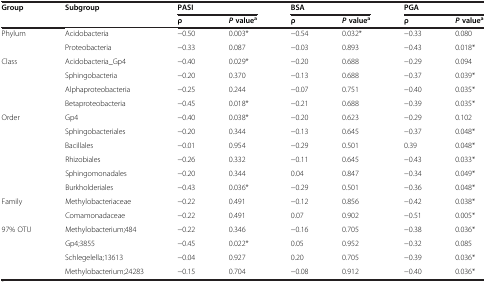
<table><thead><tr><td rowspan="2"><b>Group</b></td><td rowspan="2"><b>Subgroup</b></td><td colspan="2"><b>PASI</b></td><td colspan="2"><b>BSA</b></td><td colspan="2"><b>PGA</b></td></tr><tr><td><b>ρ</b></td><td><b><i>P </i>value<sup>a</sup></b></td><td><b>ρ</b></td><td><b><i>P </i>value<sup>a</sup></b></td><td><b>ρ</b></td><td><b><i>P </i>value<sup>a</sup></b></td></tr></thead><tbody><tr><td rowspan="2">Phylum</td><td>Acidobacteria</td><td>-0.50</td><td>0.003*</td><td>-0.54</td><td>0.032*</td><td>-0.33</td><td>0.080</td></tr><tr><td>Proteobacteria</td><td>-0.33</td><td>0.087</td><td>-0.03</td><td>0.893</td><td>-0.43</td><td>0.018*</td></tr><tr><td rowspan="4">Class</td><td>Acidobacteria_Gp4</td><td>-0.40</td><td>0.029*</td><td>-0.20</td><td>0.688</td><td>-0.29</td><td>0.094</td></tr><tr><td>Sphingobacteria</td><td>-0.20</td><td>0.370</td><td>-0.13</td><td>0.688</td><td>-0.37</td><td>0.039*</td></tr><tr><td>Alphaproteobacteria</td><td>-0.25</td><td>0.244</td><td>-0.07</td><td>0.751</td><td>-0.40</td><td>0.035*</td></tr><tr><td>Betaproteobacteria</td><td>-0.45</td><td>0.018*</td><td>-0.21</td><td>0.688</td><td>-0.39</td><td>0.035*</td></tr><tr><td rowspan="6">Order</td><td>Gp4</td><td>-0.40</td><td>0.038*</td><td>-0.20</td><td>0.623</td><td>-0.29</td><td>0.102</td></tr><tr><td>Sphingobacteriales</td><td>-0.20</td><td>0.344</td><td>-0.13</td><td>0.645</td><td>-0.37</td><td>0.048*</td></tr><tr><td>Bacillales</td><td>-0.01</td><td>0.954</td><td>-0.29</td><td>0.501</td><td>0.39</td><td>0.048*</td></tr><tr><td>Rhizobiales</td><td>-0.26</td><td>0.332</td><td>-0.11</td><td>0.645</td><td>-0.43</td><td>0.033*</td></tr><tr><td>Sphingomonadales</td><td>-0.20</td><td>0.344</td><td>0.04</td><td>0.847</td><td>-0.34</td><td>0.049*</td></tr><tr><td>Burkholderiales</td><td>-0.43</td><td>0.036*</td><td>-0.29</td><td>0.501</td><td>-0.36</td><td>0.048*</td></tr><tr><td rowspan="2">Family</td><td>Methylobacteriaceae</td><td>-0.22</td><td>0.491</td><td>-0.12</td><td>0.856</td><td>-0.42</td><td>0.038*</td></tr><tr><td>Comamonadaceae</td><td>-0.22</td><td>0.491</td><td>0.07</td><td>0.902</td><td>-0.51</td><td>0.005*</td></tr><tr><td rowspan="3">97% OTU</td><td>Methylobacterium;484</td><td>-0.22</td><td>0.346</td><td>-0.16</td><td>0.705</td><td>-0.38</td><td>0.036*</td></tr><tr><td>Gp4;3855</td><td>-0.45</td><td>0.022*</td><td>0.05</td><td>0.952</td><td>-0.32</td><td>0.085</td></tr><tr><td>Schlegelella;13613</td><td>-0.04</td><td>0.927</td><td>0.20</td><td>0.705</td><td>-0.39</td><td>0.036*</td></tr><tr><td> </td><td>Methylobacterium;24283</td><td>-0.15</td><td>0.704</td><td>-0.08</td><td>0.912</td><td>-0.40</td><td>0.036*</td></tr></tbody></table>